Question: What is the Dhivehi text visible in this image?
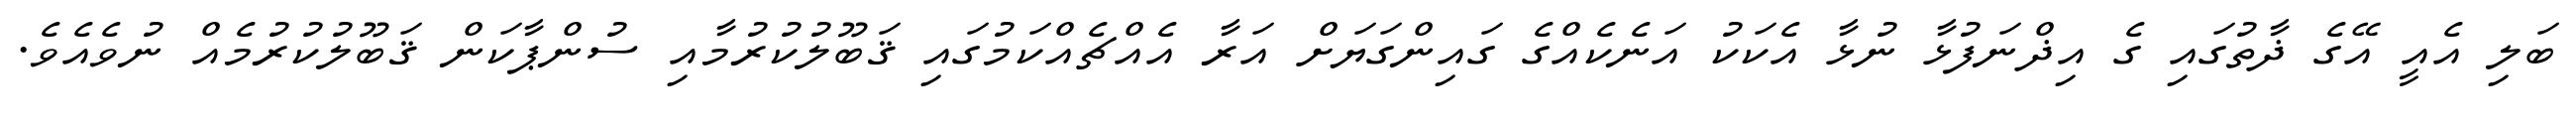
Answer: ބަލި އެއީ އޭގެ ޛާތުގައި ގެ އިޛްނަފުޅާ ނުޅާ އެކަކު އަނެކެއްގެ ގައިންގަޔަށް އަރާ އެއްޗެއްކަމުގައި ޤަބޫލުކުރުމާއި ސުންޕާކަން ޤަބޫލުކުރުމެއް ނުވެއެވެ.